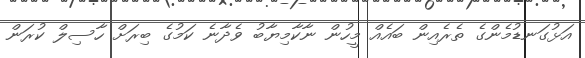
އަޅުގަނޑުމެންގެ ތެރެއިން ބައެއް މީހުން ނާކާމިޔާބު ވެދާނެ ކަމުގެ ބިރަށް ހާސިލް ކުރަން